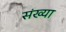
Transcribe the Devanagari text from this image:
संख्या